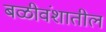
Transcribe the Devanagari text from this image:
बळीवंशातील